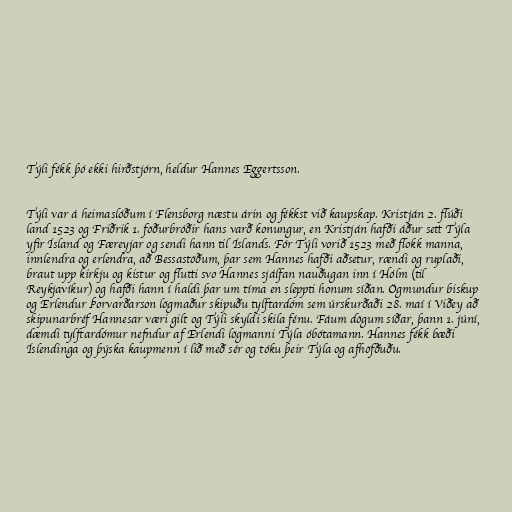
Týli fékk þó ekki hirðstjórn, heldur Hannes Eggertsson.

Týli var á heimaslóðum í Flensborg næstu árin og fékkst við kaupskap. Kristján 2. flúði
land 1523 og Friðrik 1. föðurbróðir hans varð konungur, en Kristján hafði áður sett Týla
yfir Ísland og Færeyjar og sendi hann til Íslands. Fór Týli vorið 1523 með flokk manna,
innlendra og erlendra, að Bessastöðum, þar sem Hannes hafði aðsetur, rændi og ruplaði,
braut upp kirkju og kistur og flutti svo Hannes sjálfan nauðugan inn í Hólm (til
Reykjavíkur) og hafði hann í haldi þar um tíma en sleppti honum síðan. Ögmundur biskup
og Erlendur Þorvarðarson lögmaður skipuðu tylftardóm sem úrskurðaði 28. maí í Viðey að
skipunarbréf Hannesar væri gilt og Týli skyldi skila fénu. Fáum dögum síðar, þann 1. júní,
dæmdi tylftardómur nefndur af Erlendi lögmanni Týla óbótamann. Hannes fékk bæði
Íslendinga og þýska kaupmenn í lið með sér og tóku þeir Týla og afhöfðuðu.